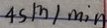
4 s m / \min